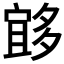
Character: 𱘨